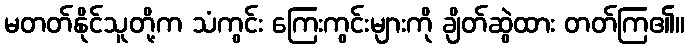
မတတ်နိုင်သူတို့က သံကွင်း ကြေးကွင်းများကို ချိတ်ဆွဲထား တတ်ကြ၏။